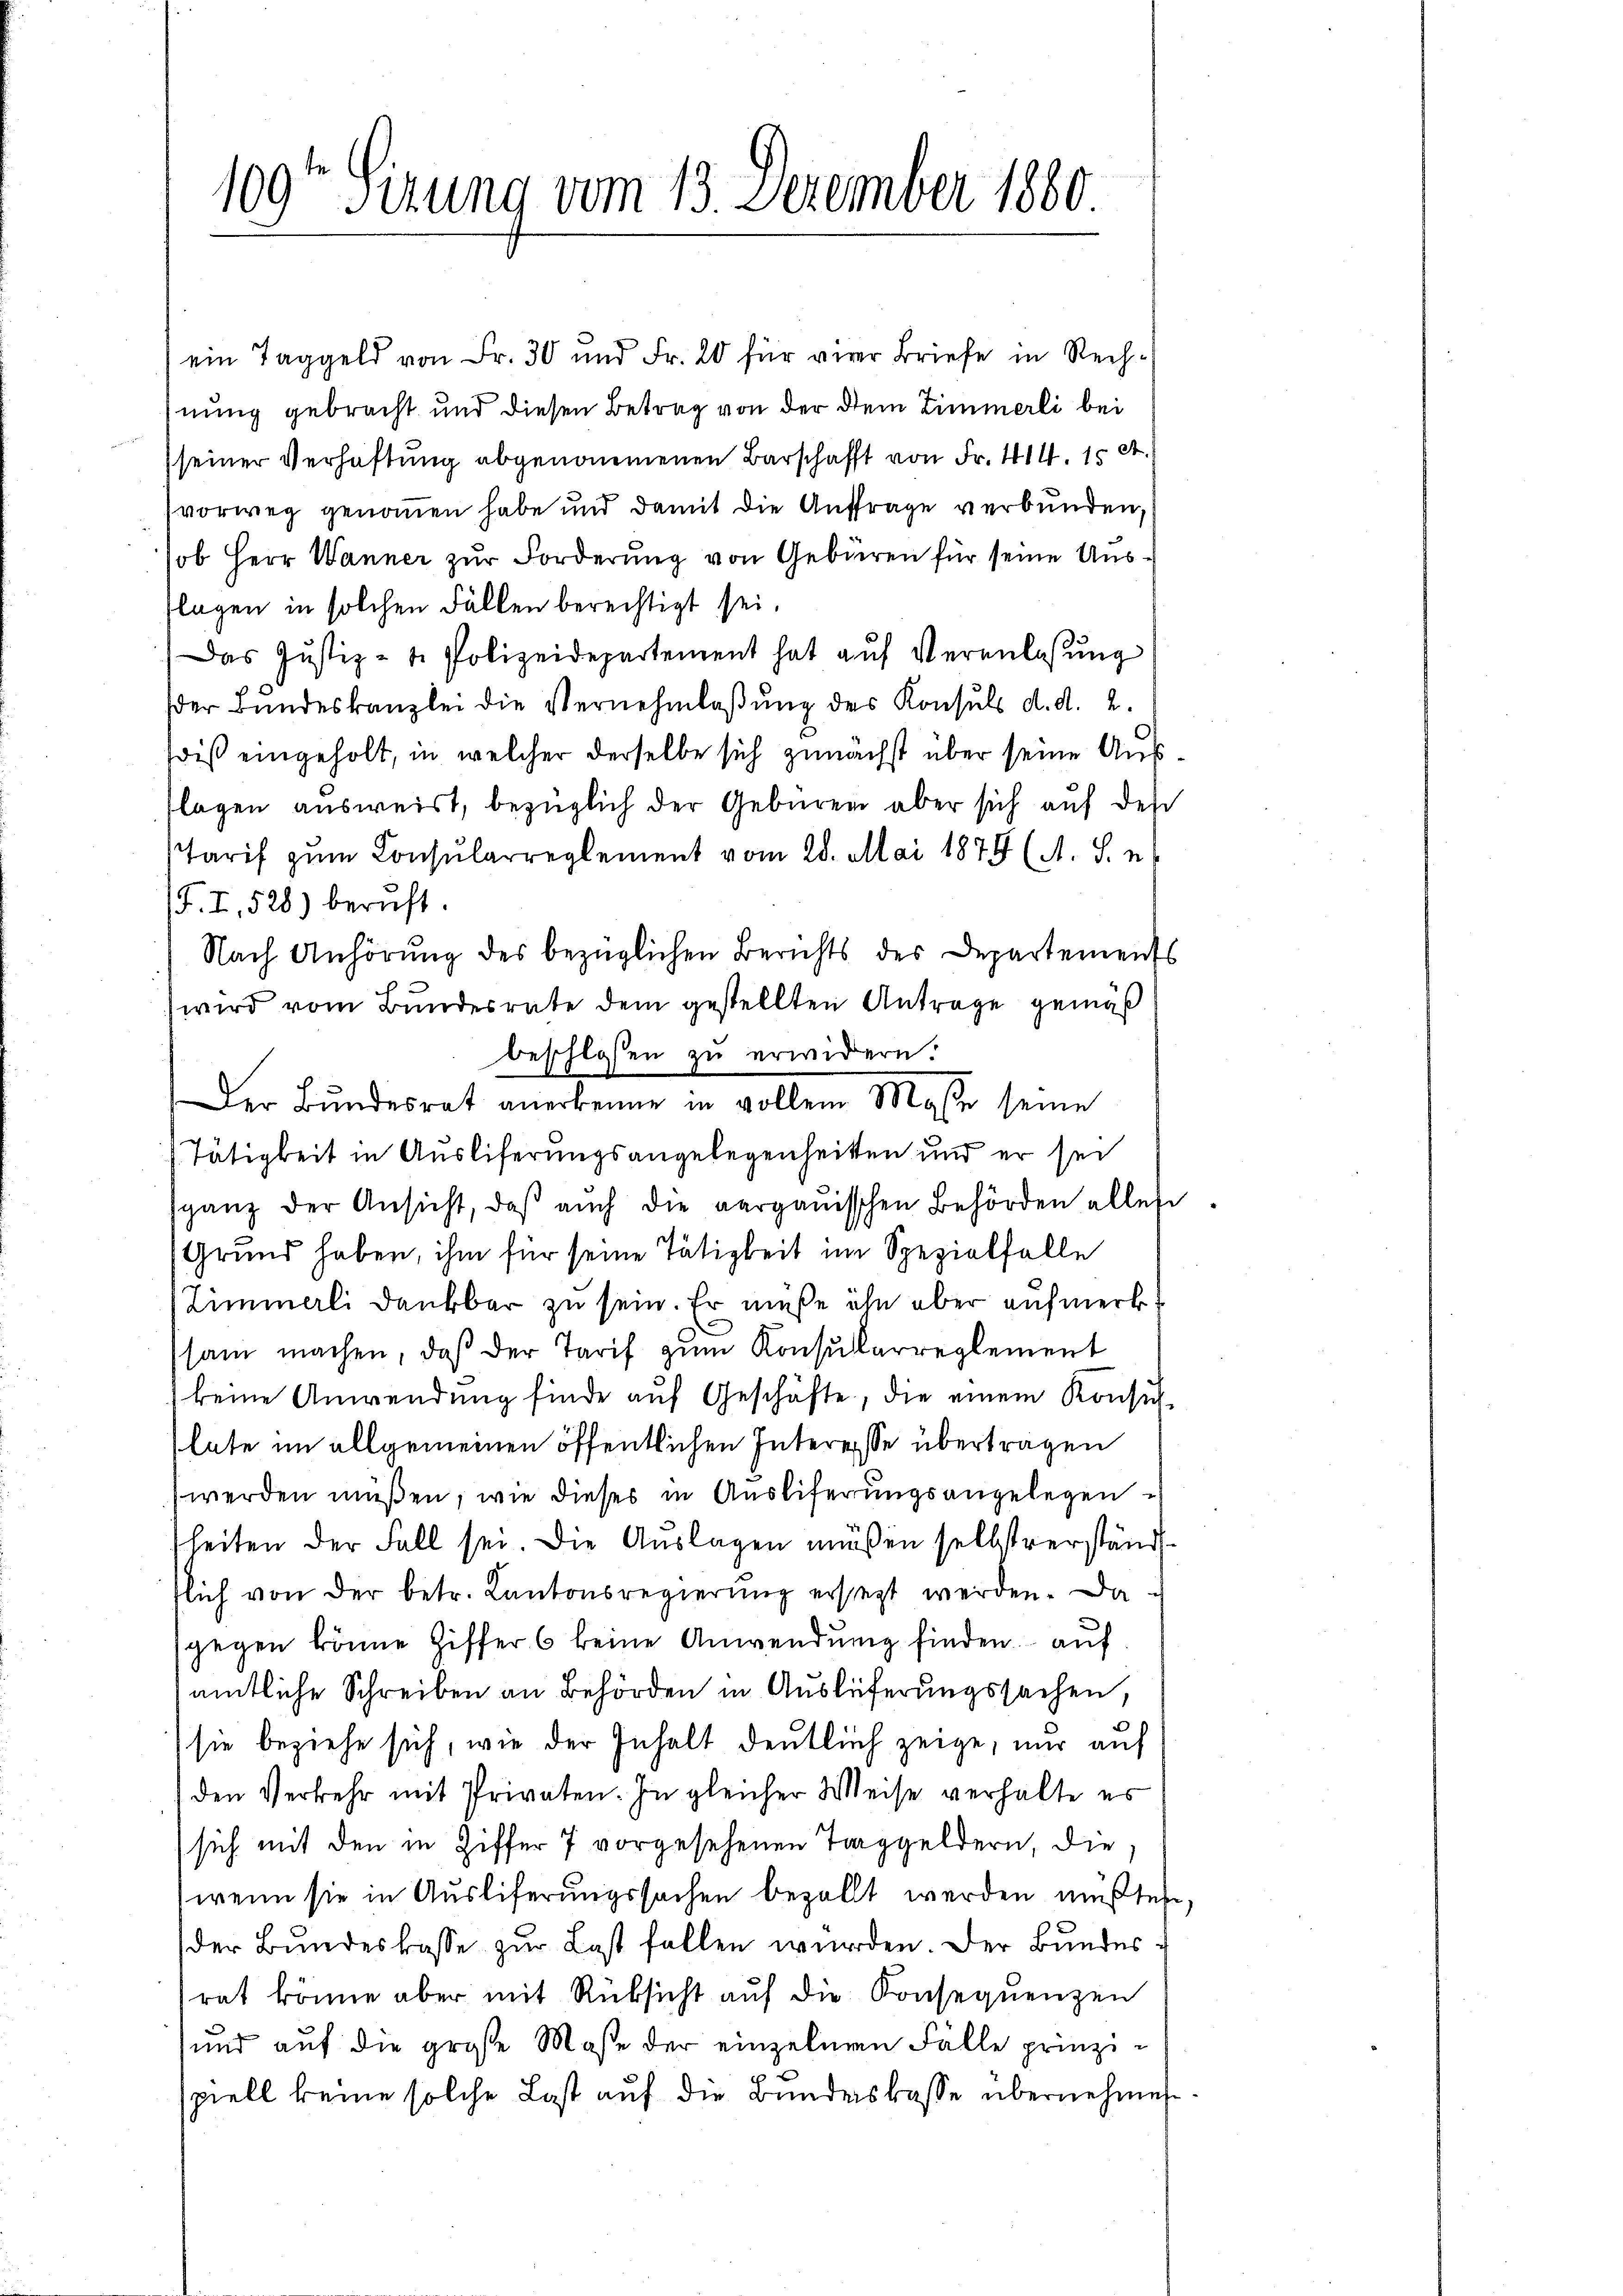
109te Sitzung vom 13. Dezember 1880.

ein Taggeld von Fr. 30 und Fr. 20 für vier Briefe in Rechnung gebracht und diesen Betrag von der dem Zimmerli bei
seiner Verhaftung abgenommenen Barschafft von Fr. 414, 15 St.
vorweg genommen habe und damit die Auftrage verbunden,
ob Herr Wanner zur Forderung von Gebären für seine Aus¬
Klagen in solchen Fällen berechtigt sei.
Das Justiz- u. Polizeidepartement hat aŭf Veranlassŭng
der Bŭndeskanzlei die Vernehmlaβŭng des Konsuls d. d. 2.
wiß eingeholt, in welcher derselbe sich zunächst über seine Auslagen ausweist, bezüglich der Gebüren aber sich auf des
Tarif zum Consularreglement vom 28. Mai 1879 (A. S. n
T. I. 528) beruft.
Nach Anhörŭng des bezüglichen Berichts des Departements
wird vom Bundesrate dem gestellten Antrage gemäß
beschlosen zu erwidern.
Der Bŭndesrat anerkenne in vollem Maße seine
Tätigkeit in Ausliferungsangelegenheitten und er sei
sganz der Ansicht, daβ aŭch die aargaŭisschen Behörden alles
(Grund haben, ihm für seine Tätigkeit im Spezialfalle
Zimmerli dankbar zu sein. Er müße ihn aber aufmerkt
sam machen, daß der Tarif zum Konsularreglement
keine Anwendŭng finde aŭf Geschäfte, die einem Konsul-
lute im allgemeinen öffentlichen Interesse übertragen
werden müßen, wie dieses in Ausliferungsangelegen
heiten der Fall sei. Die Auslagen müssen selbstverständflich von der betr. Kantonsregierŭng ersetzt werden. Da-
sgegen könne Ziffer 6 keine Anwendung finden auf
amtliche Schreiben an Behörden in Auslieferungssachen,
sie beziehe sich, wie der Inhalt deutlich zeige, nur auf
den Verkehr mit Privaten. In gleicher Weise verhalte es
sich mit den in Ziffer 7 vorgesehenen Taggeldern, die
wenn sie in Ausliferungssachen bezollt werden mußten.
der Bundeskasse zur Last fallen wurden. Der Bundes
rat könne aber mit Rüksicht auf die Konsequenzen
und auf die große Maße der einzelnen Fälle prinzispiell keine solche Last auf die Bundeskasse übernehmen.